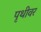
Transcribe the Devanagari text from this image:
पृथीवर